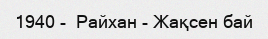
1940 -  Райхан - Жақсен бай